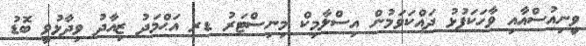
ވީނިއުސްއާއިި ވާހަކަފުޅު ދައްކަވަމުން އިސްލާމިކް މިނިސްޓަރު ޑރ އަޙްމަދު ޒިއާދު ވިދާޅުވީ ބޮޑު